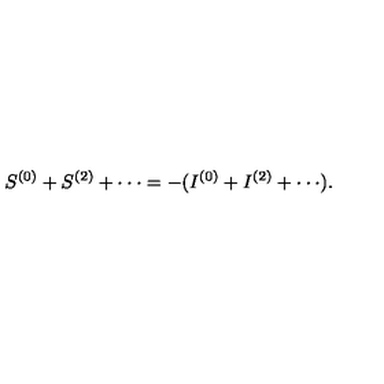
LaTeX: S ^ { ( 0 ) } + S ^ { ( 2 ) } + \cdot \cdot \cdot = - ( I ^ { ( 0 ) } + I ^ { ( 2 ) } + \cdot \cdot \cdot ) .